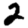
Digit: 2